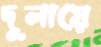
দুলায়ে